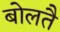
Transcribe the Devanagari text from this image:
बोलतै